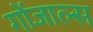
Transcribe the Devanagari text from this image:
गोंजाल्स